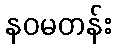
နဝမတန်း